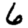
Digit: 6